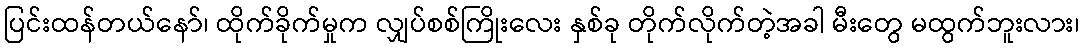
ပြင်းထန်တယ်နော်၊ ထိုက်ခိုက်မှုက လျှပ်စစ်ကြိုးလေး နှစ်ခု တိုက်လိုက်တဲ့အခါ မီးတွေ မထွက်ဘူးလား၊